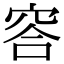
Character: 䆟